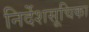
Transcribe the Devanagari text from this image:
निर्देशसूचिका